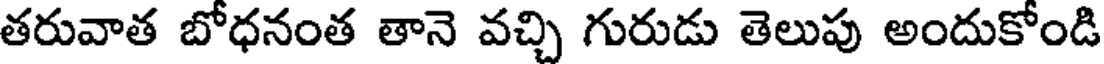
తరువాత బోధనంత తానె వచ్చి గురుడు తెలుపు అందుకోండి